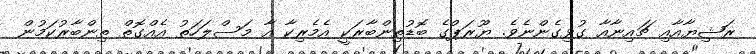
ރަޝިޔާއާއި ޗައިނާއާ ގުޅިގެންނެވެ. ޔޫރަޕްގެ ބޮޑުތިންބާރަކީ އެމެރިކާ އާ މަސްލަހަތު އެއްގޮތް ތިންބާރުކަމުން